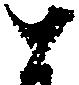
と